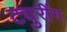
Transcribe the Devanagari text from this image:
ट्युरींग